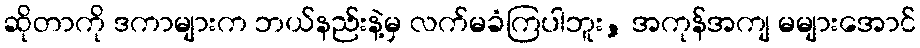
ဆိုတာကို ဒကာများက ဘယ်နည်းနဲ့မှ လက်မခံကြပါဘူး, အကုန်အကျ မများအောင်